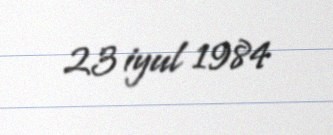
23 iyul 1984